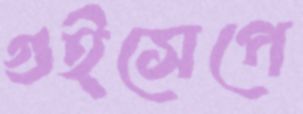
গুইসেপে